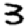
Digit: 3